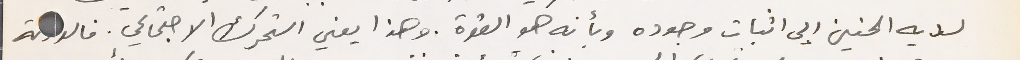
لديه الحنين إلى اثبات وجوده وبأنه هو القوة. وهذا يعني التحرك الاجتماعي. فالدولة